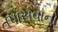
તપાસવાનો